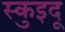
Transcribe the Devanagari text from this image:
स्कुइदू